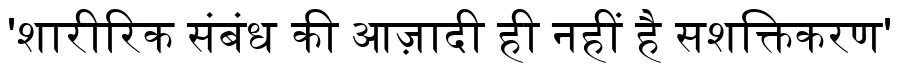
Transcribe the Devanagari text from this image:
'शारीरिक संबंध की आज़ादी ही नहीं है सशक्तिकरण'